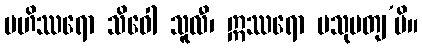
မဟိဿရော သိဝေါ သူလီ၊ ဣဿရော ပသုပတျ’ပိ။